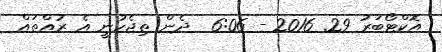
އޮކްޓޯބަރު 29